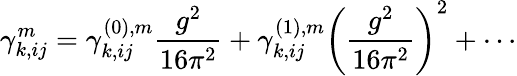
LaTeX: \gamma_{k,ij}^{m}=\gamma_{k,ij}^{(0),m}\frac{g^{2}}{16\pi^{2}}+\gamma_{k,ij}^{(1),m}\left(\frac{g^{2}}{16\pi^{2}}\right)^{2}+\cdots